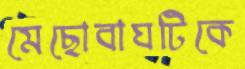
মেছোবাঘটিকে